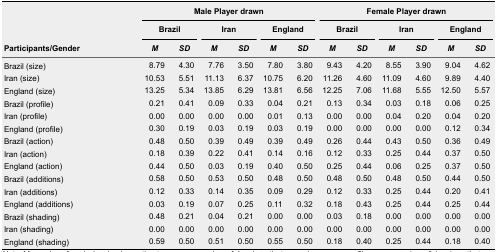
<table><thead><tr><td rowspan="3"><b>Participants/Gender</b></td><td colspan="6"><b>Male Player drawn</b></td><td colspan="6"><b>Female Player drawn</b></td></tr><tr><td colspan="2"><b>Brazil</b></td><td colspan="2"><b>Iran</b></td><td colspan="2"><b>England</b></td><td colspan="2"><b>Brazil</b></td><td colspan="2"><b>Iran</b></td><td colspan="2"><b>England</b></td></tr><tr><td><b><i>M</i></b></td><td><b><i>SD</i></b></td><td><b><i>M</i></b></td><td><b><i>SD</i></b></td><td><b><i>M</i></b></td><td><b><i>SD</i></b></td><td><b><i>M</i></b></td><td><b><i>SD</i></b></td><td><b><i>M</i></b></td><td><b><i>SD</i></b></td><td><b><i>M</i></b></td><td><b><i>SD</i></b></td></tr></thead><tbody><tr><td>Brazil (size)</td><td>8.79</td><td>4.30</td><td>7.76</td><td>3.50</td><td>7.80</td><td>3.80</td><td>9.43</td><td>4.20</td><td>8.55</td><td>3.90</td><td>9.04</td><td>4.62</td></tr><tr><td>Iran (size)</td><td>10.53</td><td>5.51</td><td>11.13</td><td>6.37</td><td>10.75</td><td>6.20</td><td>11.26</td><td>4.60</td><td>11.09</td><td>4.60</td><td>9.89</td><td>4.40</td></tr><tr><td>England (size)</td><td>13.25</td><td>5.34</td><td>13.85</td><td>6.29</td><td>13.81</td><td>6.56</td><td>12.25</td><td>7.06</td><td>11.68</td><td>5.55</td><td>12.50</td><td>5.57</td></tr><tr><td>Brazil (profile)</td><td>0.21</td><td>0.41</td><td>0.09</td><td>0.33</td><td>0.04</td><td>0.21</td><td>0.13</td><td>0.34</td><td>0.03</td><td>0.18</td><td>0.06</td><td>0.25</td></tr><tr><td>Iran (profile)</td><td>0.00</td><td>0.00</td><td>0.00</td><td>0.00</td><td>0.01</td><td>0.13</td><td>0.00</td><td>0.00</td><td>0.04</td><td>0.20</td><td>0.04</td><td>0.20</td></tr><tr><td>England (profile)</td><td>0.30</td><td>0.19</td><td>0.03</td><td>0.19</td><td>0.03</td><td>0.19</td><td>0.00</td><td>0.00</td><td>0.00</td><td>0.00</td><td>0.12</td><td>0.34</td></tr><tr><td>Brazil (action)</td><td>0.48</td><td>0.50</td><td>0.39</td><td>0.49</td><td>0.39</td><td>0.49</td><td>0.26</td><td>0.44</td><td>0.43</td><td>0.50</td><td>0.36</td><td>0.49</td></tr><tr><td>Iran (action)</td><td>0.18</td><td>0.39</td><td>0.22</td><td>0.41</td><td>0.14</td><td>0.16</td><td>0.12</td><td>0.33</td><td>0.25</td><td>0.44</td><td>0.37</td><td>0.50</td></tr><tr><td>England (action)</td><td>0.44</td><td>0.50</td><td>0.03</td><td>0.19</td><td>0.40</td><td>0.50</td><td>0.25</td><td>0.44</td><td>0.06</td><td>0.25</td><td>0.37</td><td>0.50</td></tr><tr><td>Brazil (additions)</td><td>0.58</td><td>0.50</td><td>0.53</td><td>0.50</td><td>0.48</td><td>0.50</td><td>0.48</td><td>0.50</td><td>0.48</td><td>0.50</td><td>0.44</td><td>0.50</td></tr><tr><td>Iran (additions)</td><td>0.12</td><td>0.33</td><td>0.14</td><td>0.35</td><td>0.09</td><td>0.29</td><td>0.12</td><td>0.33</td><td>0.25</td><td>0.44</td><td>0.20</td><td>0.41</td></tr><tr><td>England (additions)</td><td>0.03</td><td>0.19</td><td>0.07</td><td>0.25</td><td>0.11</td><td>0.32</td><td>0.18</td><td>0.43</td><td>0.25</td><td>0.44</td><td>0.25</td><td>0.44</td></tr><tr><td>Brazil (shading)</td><td>0.48</td><td>0.21</td><td>0.04</td><td>0.21</td><td>0.00</td><td>0.00</td><td>0.03</td><td>0.18</td><td>0.00</td><td>0.00</td><td>0.00</td><td>0.00</td></tr><tr><td>Iran (shading)</td><td>0.00</td><td>0.00</td><td>0.00</td><td>0.00</td><td>0.00</td><td>0.00</td><td>0.00</td><td>0.00</td><td>0.00</td><td>0.00</td><td>0.00</td><td>0.00</td></tr><tr><td>England (shading)</td><td>0.59</td><td>0.50</td><td>0.51</td><td>0.50</td><td>0.55</td><td>0.50</td><td>0.18</td><td>0.40</td><td>0.25</td><td>0.44</td><td>0.18</td><td>0.40</td></tr></tbody></table>